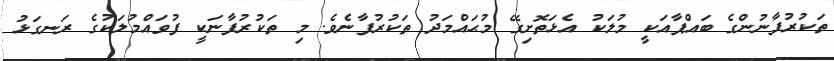
ތަކުރުފާނުންގެ ބައްޕާއަކީ މުލަކު އެޅަތޮށިގޭ މުޙައްމަދު ތަކުރުފާނެވެ. މި ތަކުރުފާނަކީ ފުވައްމުލަކުގެ ރަނގަޅު